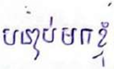
បន្ទាប់មកខ្ញុំ